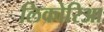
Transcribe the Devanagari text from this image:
लिकोरिआ